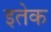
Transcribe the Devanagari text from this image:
इतेक